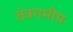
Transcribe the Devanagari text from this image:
तंत्रगमीय